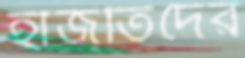
হাজতিদের